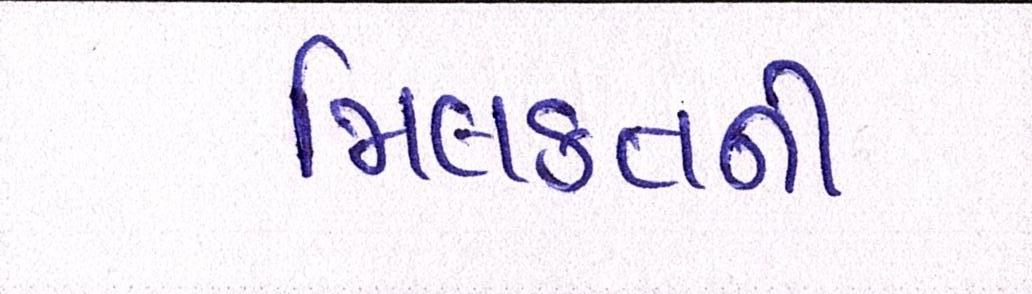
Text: મિલ્કતની